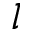
l